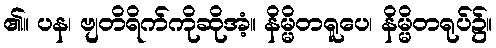
၏။ ပန၊ ဗျတိရိက်ကိုဆိုအံ့။ နိမ္မိတရူပေ၊ နိမ္မိတရုပ်၌။